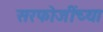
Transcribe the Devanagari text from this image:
सरफोजींच्या